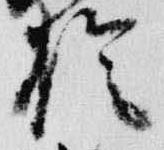
陰